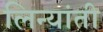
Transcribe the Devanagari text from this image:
लिन्यांती